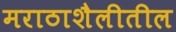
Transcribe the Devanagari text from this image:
मराठाशैलीतील